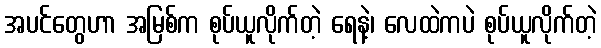
အပင်တွေဟာ အမြစ်က စုပ်ယူလိုက်တဲ့ ရေနဲ့၊ လေထဲကပဲ စုပ်ယူလိုက်တဲ့